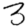
Digit: 3